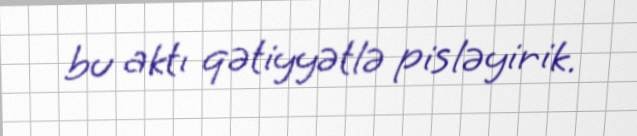
bu aktı qətiyyətlə pisləyirik.